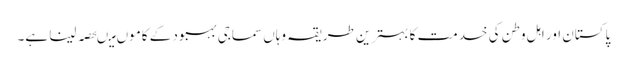
پاکستان اور اہل وطن کی خدمت کا بہترین طریقہ وہاں سماجی بہبود کے کاموں میںحصہ لینا ہے۔